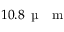
1 0 . 8 \, \mathrm { ~ \textmu ~ { ~ } ~ m ~ }